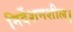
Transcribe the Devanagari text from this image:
निर्देशनशील।